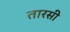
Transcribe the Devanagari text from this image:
तारसी